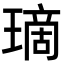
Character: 𤨬